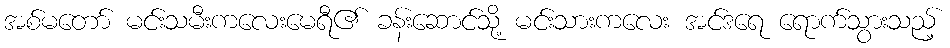
အစ်မတော် မင်းသမီးကလေးမေရီ၏ ခန်းဆောင်သို့ မင်းသားကလေး အင်ဒရေ ရောက်သွားသည့်